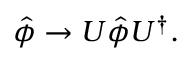
\hat { \phi } \rightarrow U \hat { \phi } U ^ { \dagger } .